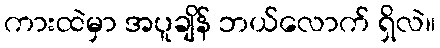
ကားထဲမှာ အပူချိန် ဘယ်လောက် ရှိလဲ။